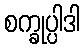
စက္ခုပ္ပါဒါ